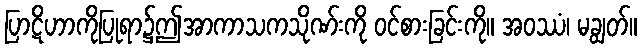
ပြာဋိဟာကိုပြုရာ၌ဤအာကာသကသိုဏ်းကို ဝင်စားခြင်းကို။ အဝဿံ၊ မချွတ်။